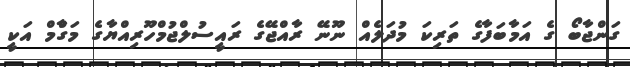
ގަންޖާބޯ ގެ އަމާބަފާގެ ތަރިކަ މުދަލެއް ނޫނޭ ރާއްޖޭގެ ރައީސުލްޖުމްހޫރިއްޔާގެ މަގާްމް އަކީ